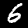
Label: 6